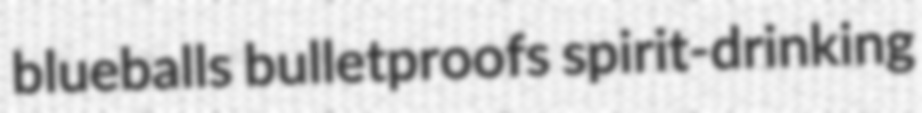
blueballs bulletproofs spirit-drinking